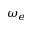
\omega _ { e }